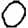
Digit: 0